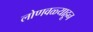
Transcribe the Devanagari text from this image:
लोणवळ्याहून